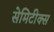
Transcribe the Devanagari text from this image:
सेमिटीक्स